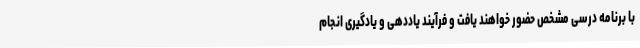
با برنامه درسی مشخص حضور خواهند یافت و فرآیند یاددهی و یادگیری انجام